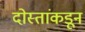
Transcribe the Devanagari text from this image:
दोस्तांकडून